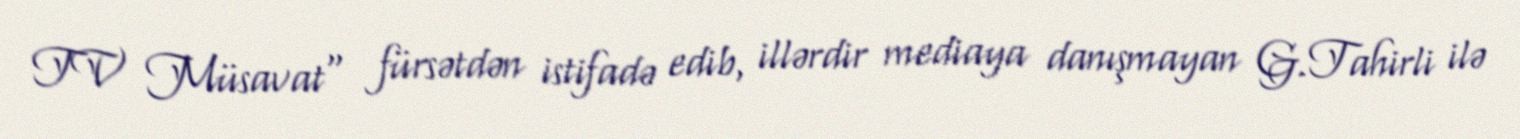
TV Müsavat" fürsətdən istifadə edib, illərdir mediaya danışmayan G.Tahirli ilə